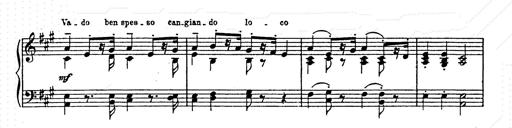
Title: AnnÃ©es de pÃ¨lerinage II
Composer: Franz Liszt